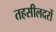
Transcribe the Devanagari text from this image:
तहसीलदरों